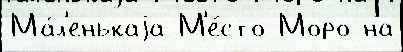
Ма́л'енькаjа М'е́сто Моро на